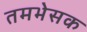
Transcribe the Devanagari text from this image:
तमभेसक